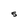
Character: 5